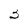
Character: 3